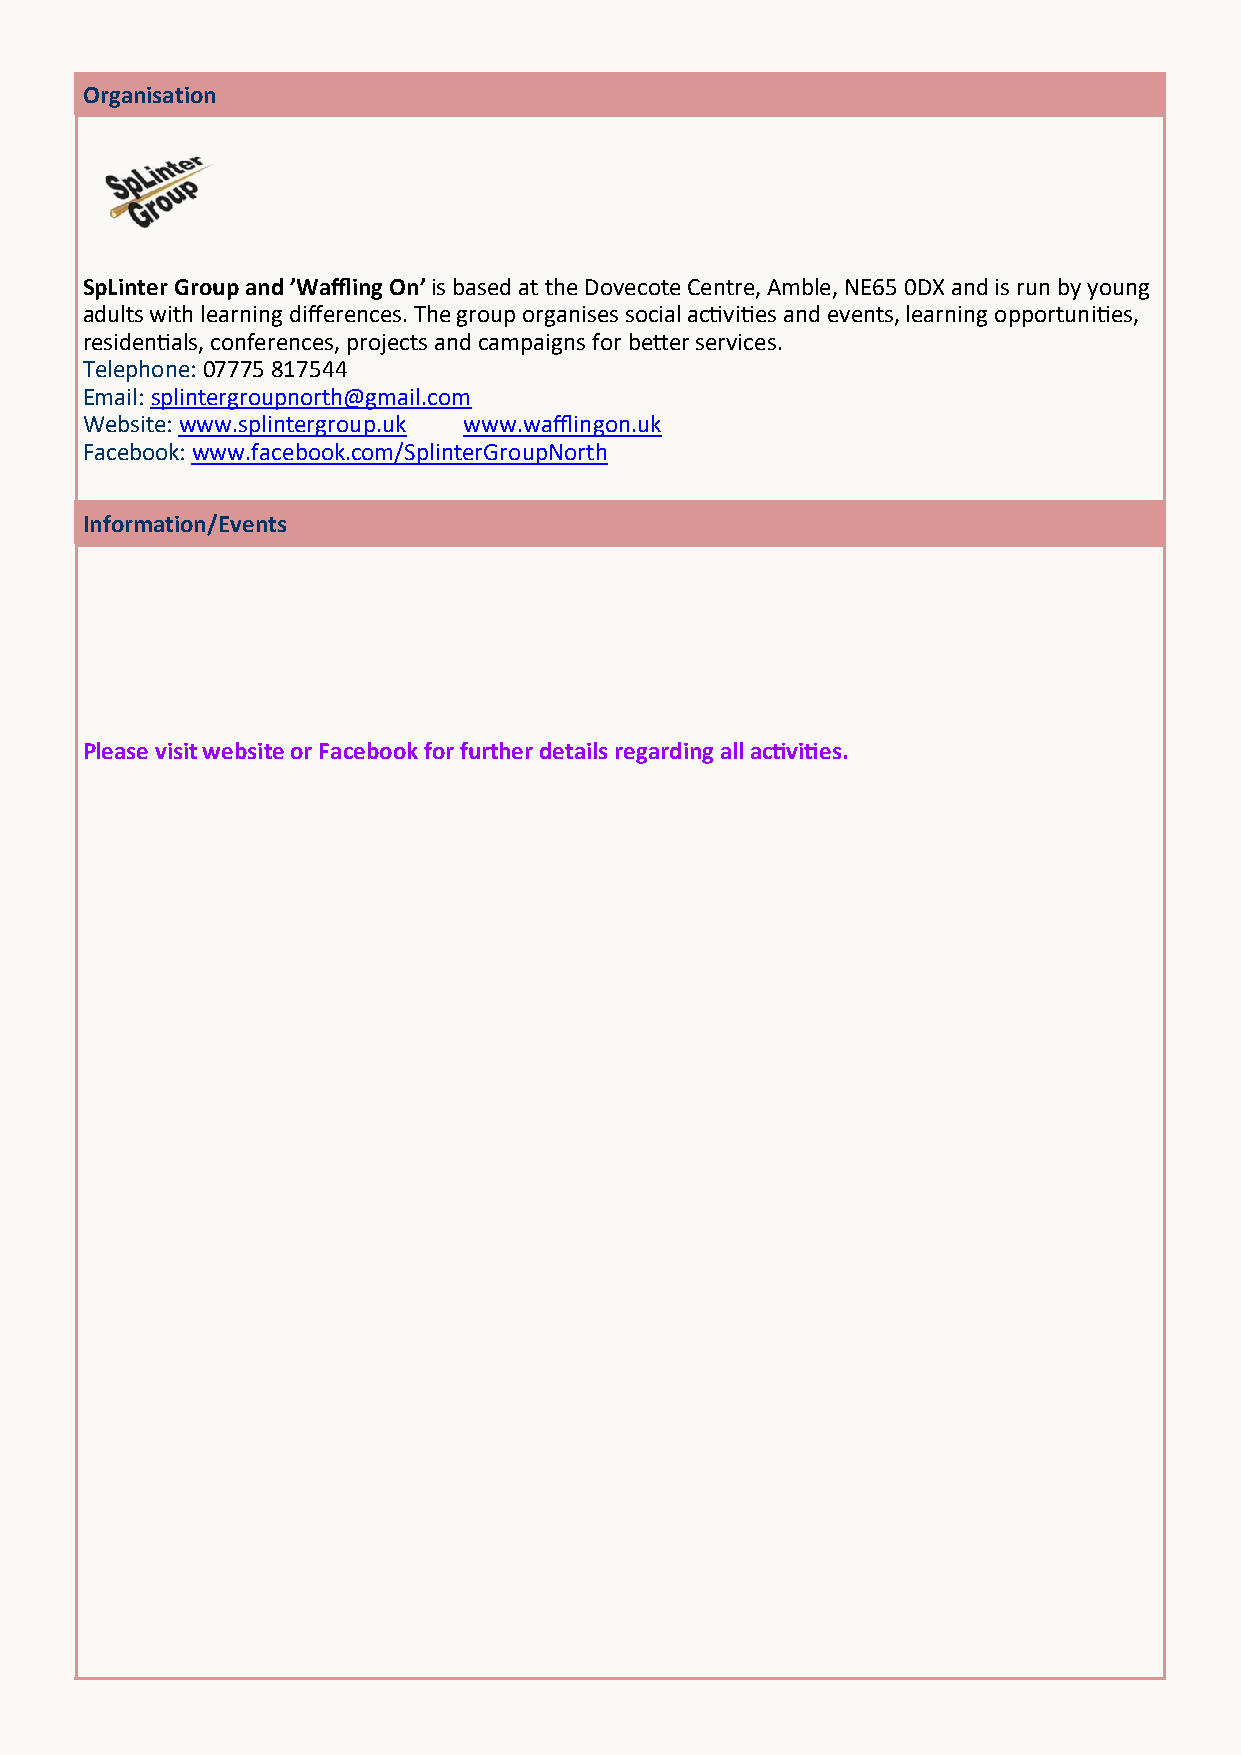
Organisation
 SpLinter Group and ’Waffling On’ is based at the Dovecote Centre, Amble, NE65 0DX and is run by young
 adults with learning differences. The group organises social activities and events, learning opportunities,
 residentials, conferences, projects and campaigns for better services.
 Telephone: 07775 817544
 Email: splintergroupnorth@gmail.com
 Website: www.splintergroup.uk www.wafflingon.uk
 Facebook: www.facebook.com/SplinterGroupNorth
 Information/Events
 Please visit website or Facebook for further details regarding all activities.